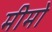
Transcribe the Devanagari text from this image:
मीमो